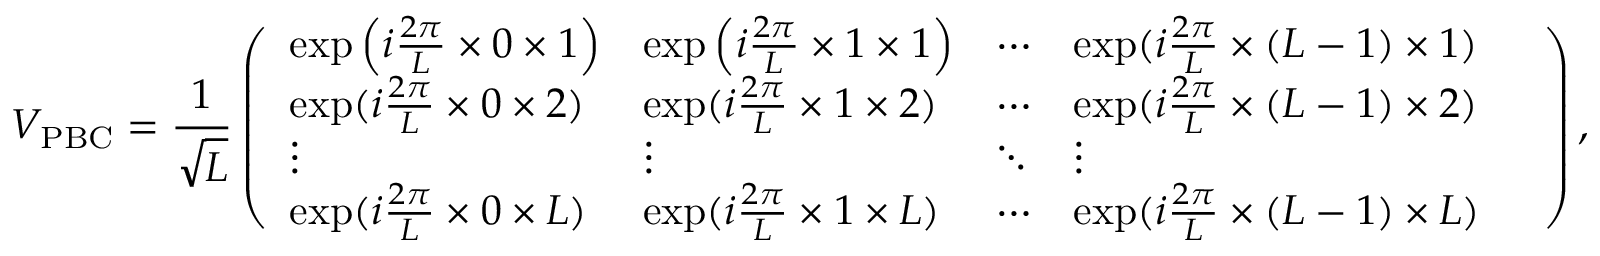
V _ { \mathrm { P B C } } = \frac { 1 } { \sqrt { L } } \left( \begin{array} { l l l l l } { \exp \left( i \frac { 2 \pi } { L } \times 0 \times 1 \right) } & { \exp \left( i \frac { 2 \pi } { L } \times 1 \times 1 \right) } & { \cdots } & { \exp ( i \frac { 2 \pi } { L } \times ( L - 1 ) \times 1 ) } & \\ { \exp ( i \frac { 2 \pi } { L } \times 0 \times 2 ) } & { \exp ( i \frac { 2 \pi } { L } \times 1 \times 2 ) } & { \cdots } & { \exp ( i \frac { 2 \pi } { L } \times ( L - 1 ) \times 2 ) } & \\ { \vdots } & { \vdots } & { \ddots } & { \vdots } & \\ { \exp ( i \frac { 2 \pi } { L } \times 0 \times L ) } & { \exp ( i \frac { 2 \pi } { L } \times 1 \times L ) } & { \cdots } & { \exp ( i \frac { 2 \pi } { L } \times ( L - 1 ) \times L ) } & \end{array} \right) ,